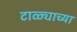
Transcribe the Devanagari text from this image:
टाळ्याच्या